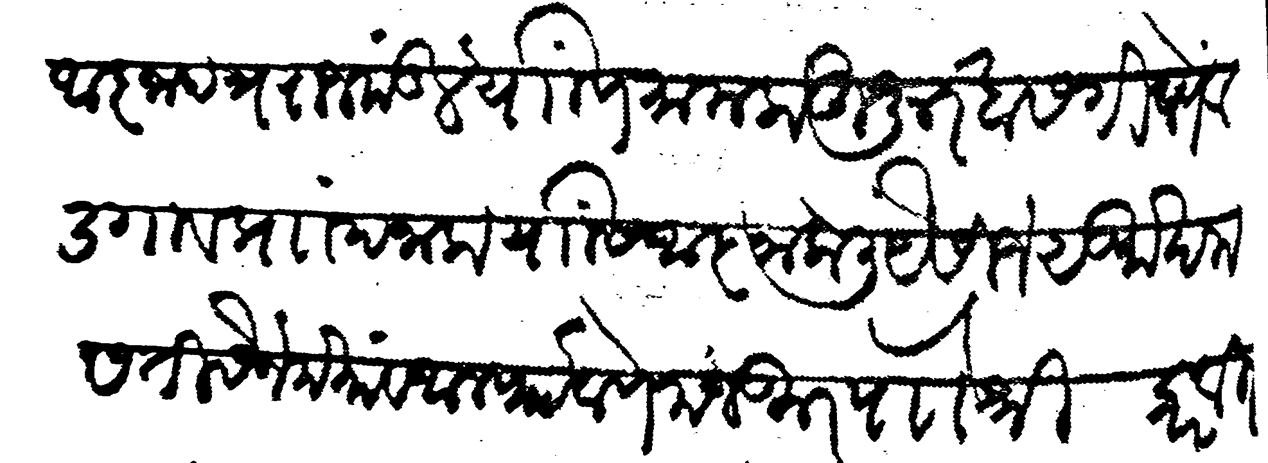
Transliteration (Devanagari): आज्ञापत्र राजमंडल यांणि मामला हुजूर खासगी ठाणें वडगांव प्राां पनाला यांसी आज्ञा केल यैसीजे सुमा खमस तीसैन मयां व अलफ ठाणे मजकूर पाौ श्री करवीर